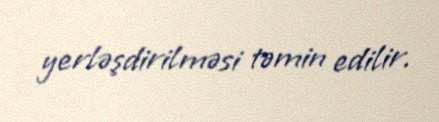
yerləşdirilməsi təmin edilir.